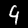
Digit: 4